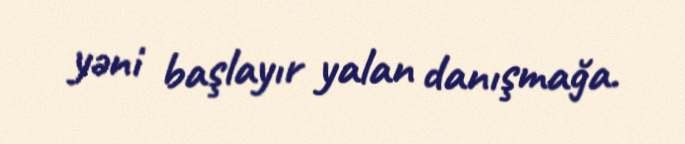
yəni başlayır yalan danışmağa.